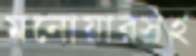
মনোয়ারসহ